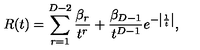
R ( t ) = \sum _ { r = 1 } ^ { D - 2 } { \frac { \beta _ { r } } { t ^ { r } } } + { \frac { \beta _ { D - 1 } } { t ^ { D - 1 } } } e ^ { - \left| { \frac { 1 } { t } } \right| } ,